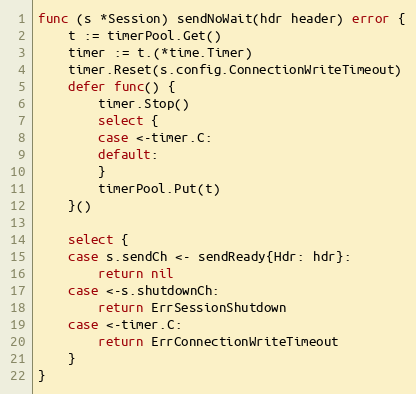
Language: Go
func (s *Session) sendNoWait(hdr header) error {
	t := timerPool.Get()
	timer := t.(*time.Timer)
	timer.Reset(s.config.ConnectionWriteTimeout)
	defer func() {
		timer.Stop()
		select {
		case <-timer.C:
		default:
		}
		timerPool.Put(t)
	}()

	select {
	case s.sendCh <- sendReady{Hdr: hdr}:
		return nil
	case <-s.shutdownCh:
		return ErrSessionShutdown
	case <-timer.C:
		return ErrConnectionWriteTimeout
	}
}